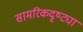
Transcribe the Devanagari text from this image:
सामरिकदृष्ट्या